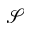
\mathcal { S }